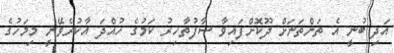
އަދި ބުނީ އެ ތަންތަނަށް ދޫކޮށްފައިވާ ސާފުތާހިރު ކަމުގެ ހުއްދަ އާކުރެވޭނީ މިމަހުގެ